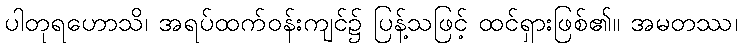
ပါတုရဟောသိ၊ အရပ်ထက်ဝန်းကျင်၌ ပြန့်သဖြင့် ထင်ရှားဖြစ်၏။ အမတဿ၊